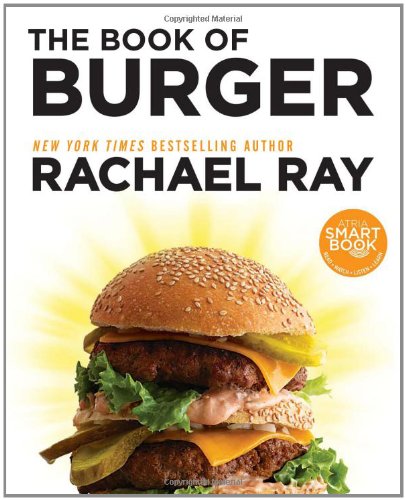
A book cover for The Book of Burger; Rachael Ray; Cookbooks, Food & Wine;